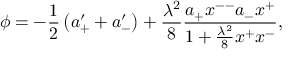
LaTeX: \phi = - { \frac { 1 } { 2 } } \left( a _ { + } ^ { \prime } + a _ { - } ^ { \prime } \right) + { \frac { \lambda ^ { 2 } } { 8 } } { \frac { a _ { + } x ^ { -- } a _ { - } x ^ { + } } { 1 + { \frac { \lambda ^ { 2 } } { 8 } } x ^ { + } x ^ { - } } } ,